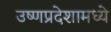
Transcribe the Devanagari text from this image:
उष्णप्रदेशामध्ये